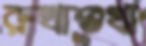
রুখাশুখা